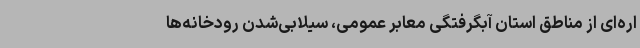
اره‌ای از مناطق استان آبگرفتگی معابر عمومی، سیلابی‌شدن رودخانه‌ها